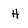
Character: H